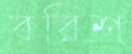
বরিশ